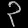
Digit: ၃